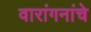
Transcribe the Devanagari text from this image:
वारांगनांचे